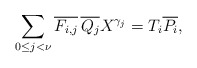
\begin{align*} \sum_{0 \le j <\nu} \overline{F_{i,j}}\, \overline{Q_j} X^{\gamma_j}= T_i \overline{P_i},\end{align*}